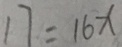
1 7 = 1 6 x